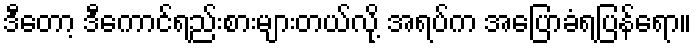
ဒီတော့ ဒီကောင်ရည်းစားများတယ်လို့ အရပ်က အပြောခံရပြန်ရော။